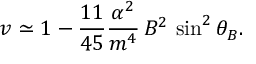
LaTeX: v \simeq 1 - \frac { 1 1 } { 4 5 } \frac { \alpha ^ { 2 } } { m ^ { 4 } } \, B ^ { 2 } \, \sin ^ { 2 } \theta _ { B } .